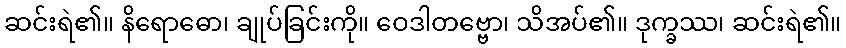
ဆင်းရဲ၏။ နိရောဓော၊ ချုပ်ခြင်းကို။ ဝေဒါတဗ္ဗော၊ သိအပ်၏။ ဒုက္ခဿ၊ ဆင်းရဲ၏။